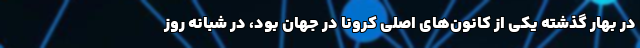
در بهار گذشته یکی از کانون‌های اصلی کرونا در جهان بود، در شبانه روز